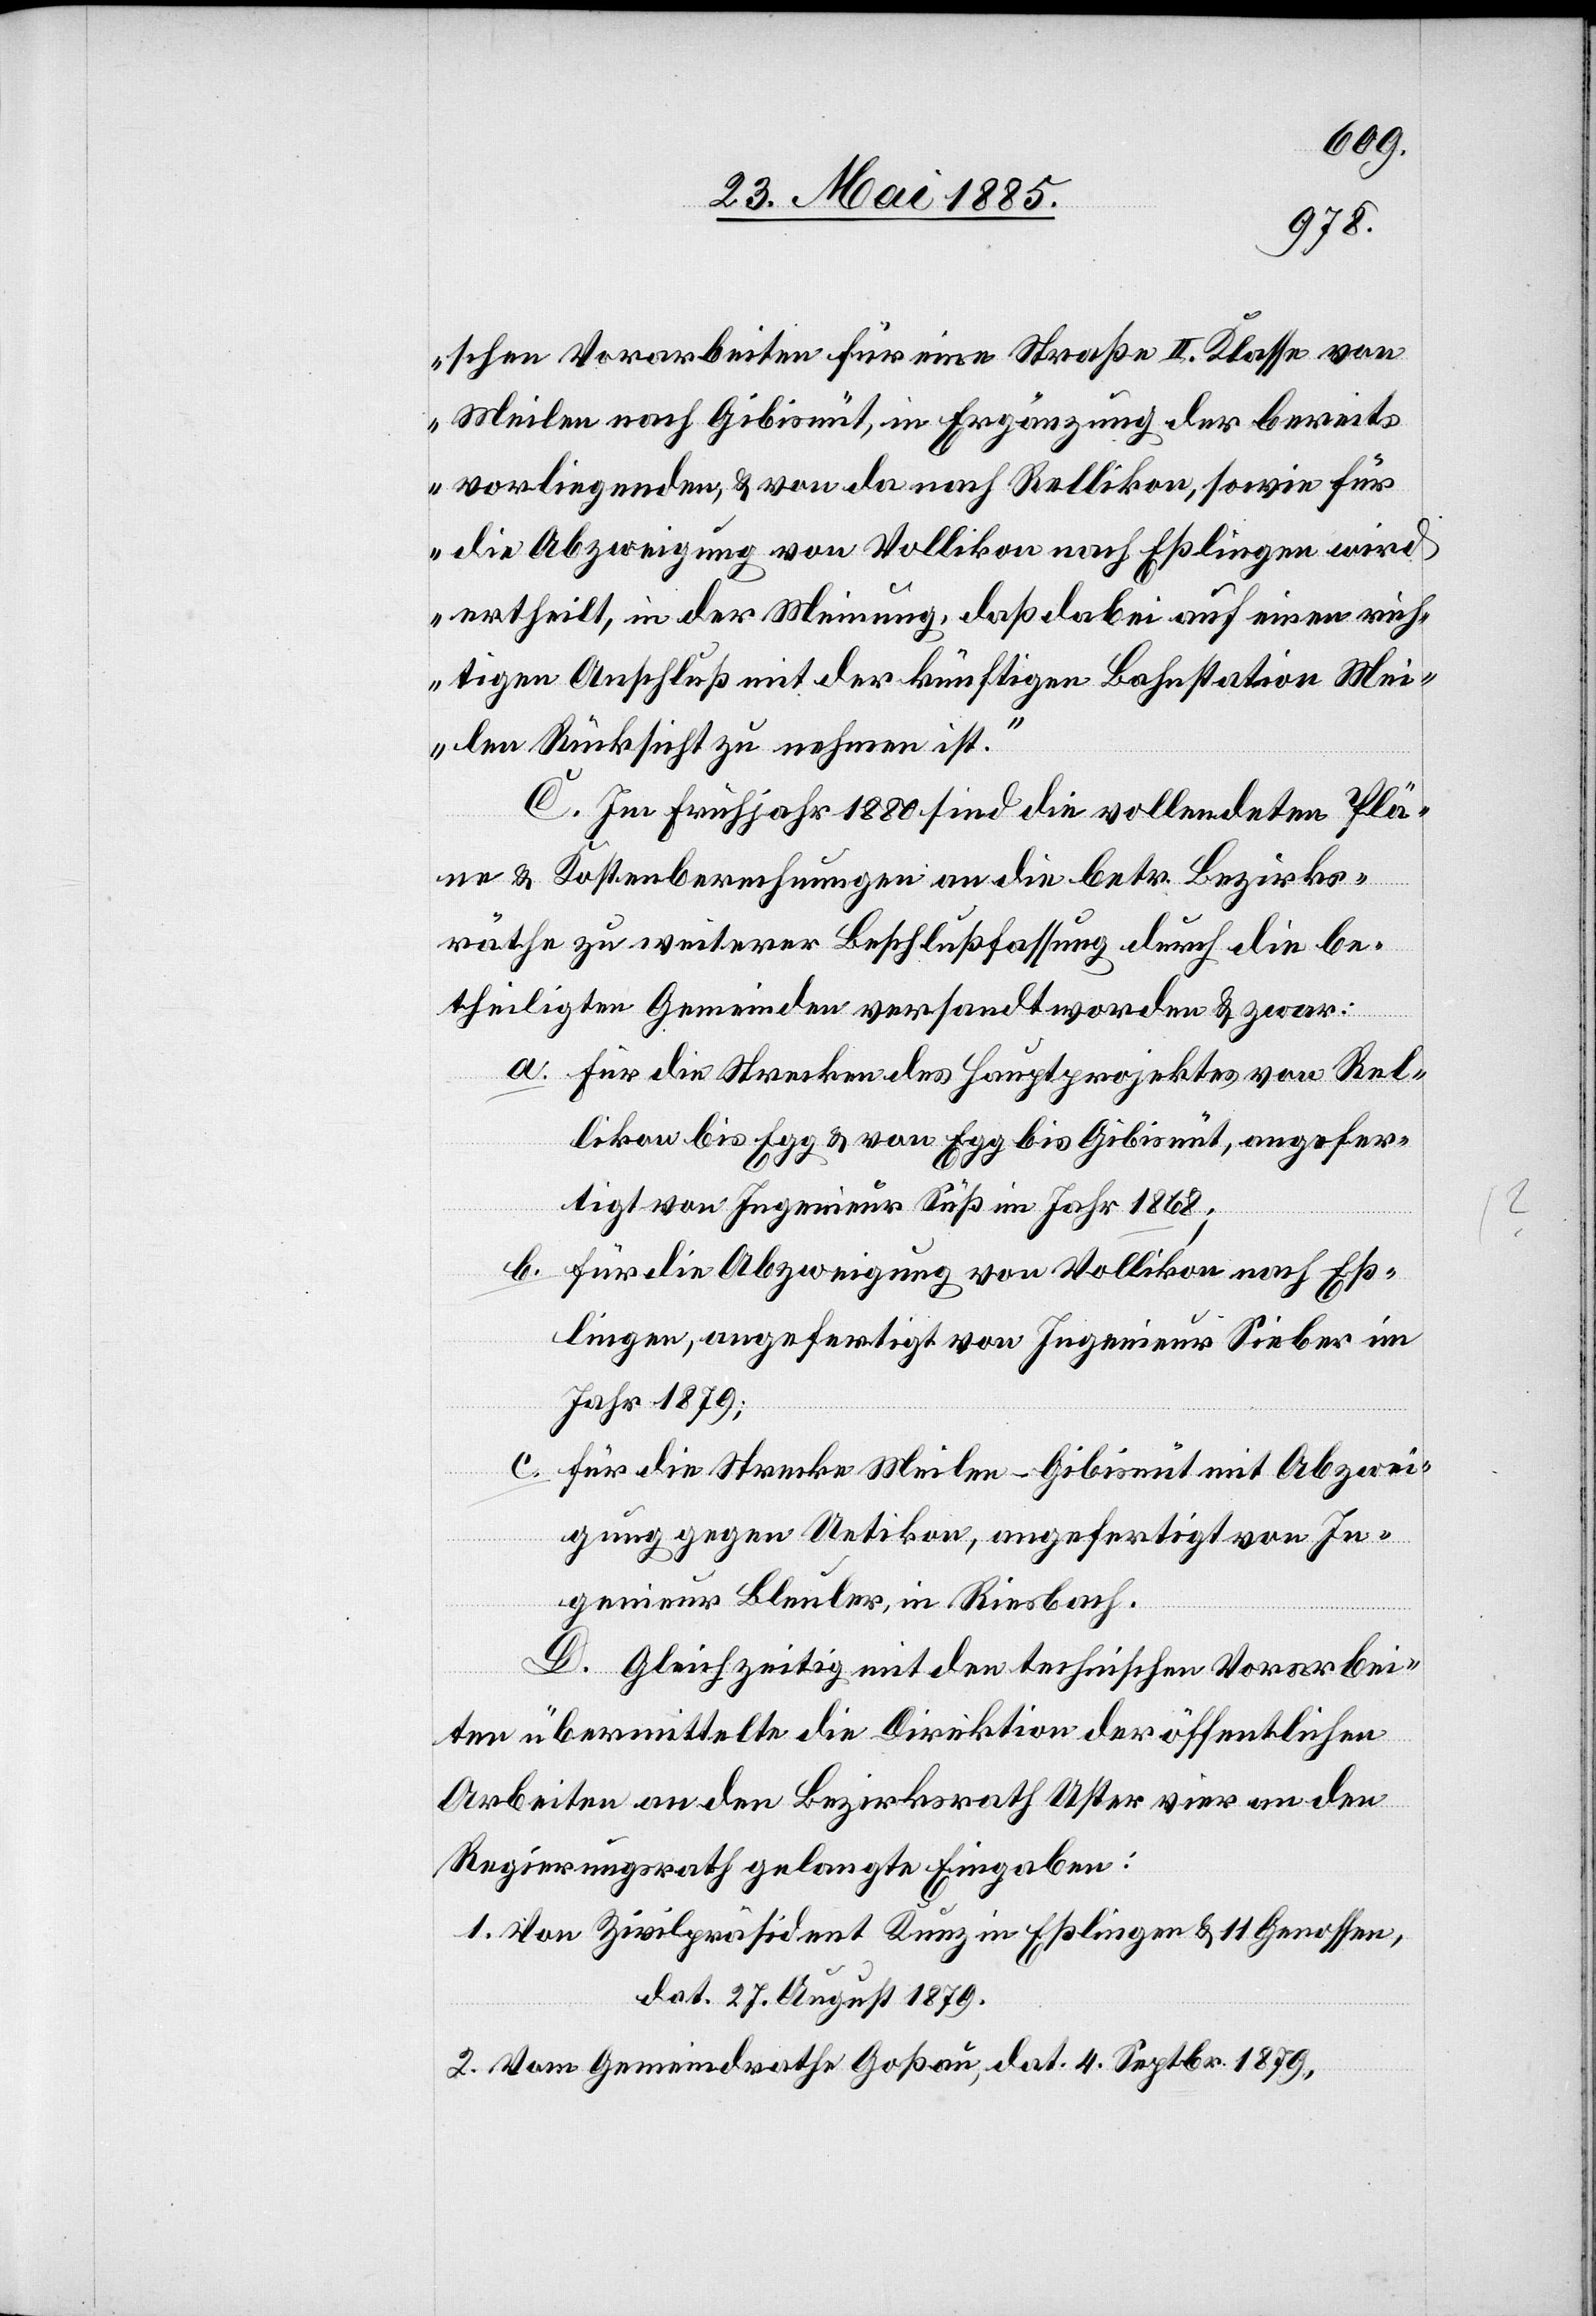
schen Vorarbeiten für eine Straße II. Klasse von
Meilen nach Gibisnüt, in Ergänzung der bereits
vorliegenden, & von da nach Rellikon, sowie für
die Abzweigung von Vollikon nach Eßlingen wird
ertheilt, in der Meinung, daß dabei auf einen rich¬
tigen Anschluß mit der künftigen Bahnstation Mei¬
len Rücksicht zu nehmen ist.“
C. Im Frühjahr 1880 sind die vollendeten Plä¬
ne & Kostenberechnungen an die betr. Bezirks¬
räthe zu weiterer Beschlußfassung durch die be¬
theiligten Gemeinden versandt worden & zwar:
a. für die Strecken des Hauptprojektes von Rel¬
likon bis Egg & von Egg bis Gibisnüt, angefer¬
tigt von Ingenieur Süß im Jahr 1868;
b. für die Abzweigung von Vollikon nach Eß¬
lingen, angefertigt von Ingenieur Sieber im
Jahr 1879;
c. für die Strecke Meilen–Gibisnüt mit Abzwei¬
gung gegen Uetikon, angefertigt von In¬
genieur Bleuler, in Riesbach.
D. Gleichzeitig mit den technischen Vorarbei¬
ten übermittelte die Direktion der öffentlichen
Arbeiten an den Bezirksrath Uster vier an den
Regierungsrath gelangte Eingaben:
1. Von Zivilpräsident Kunz in Eßlingen & 11 Genossen,
dat. 27. August 1879.
2. Von Gemeindrath Goßau, dat. 4. Septbr. 1879,